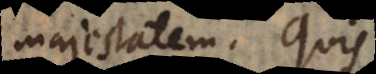
majestatem? Quis